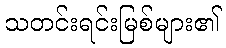
သတင်းရင်းမြစ်များ၏